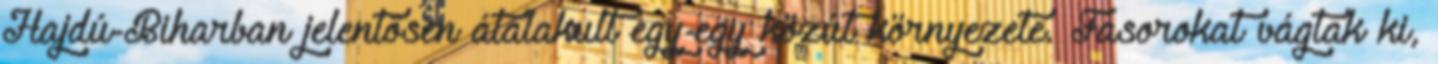
Hajdú-Biharban jelentősen átalakult egy-egy közút környezete. Fasorokat vágtak ki,